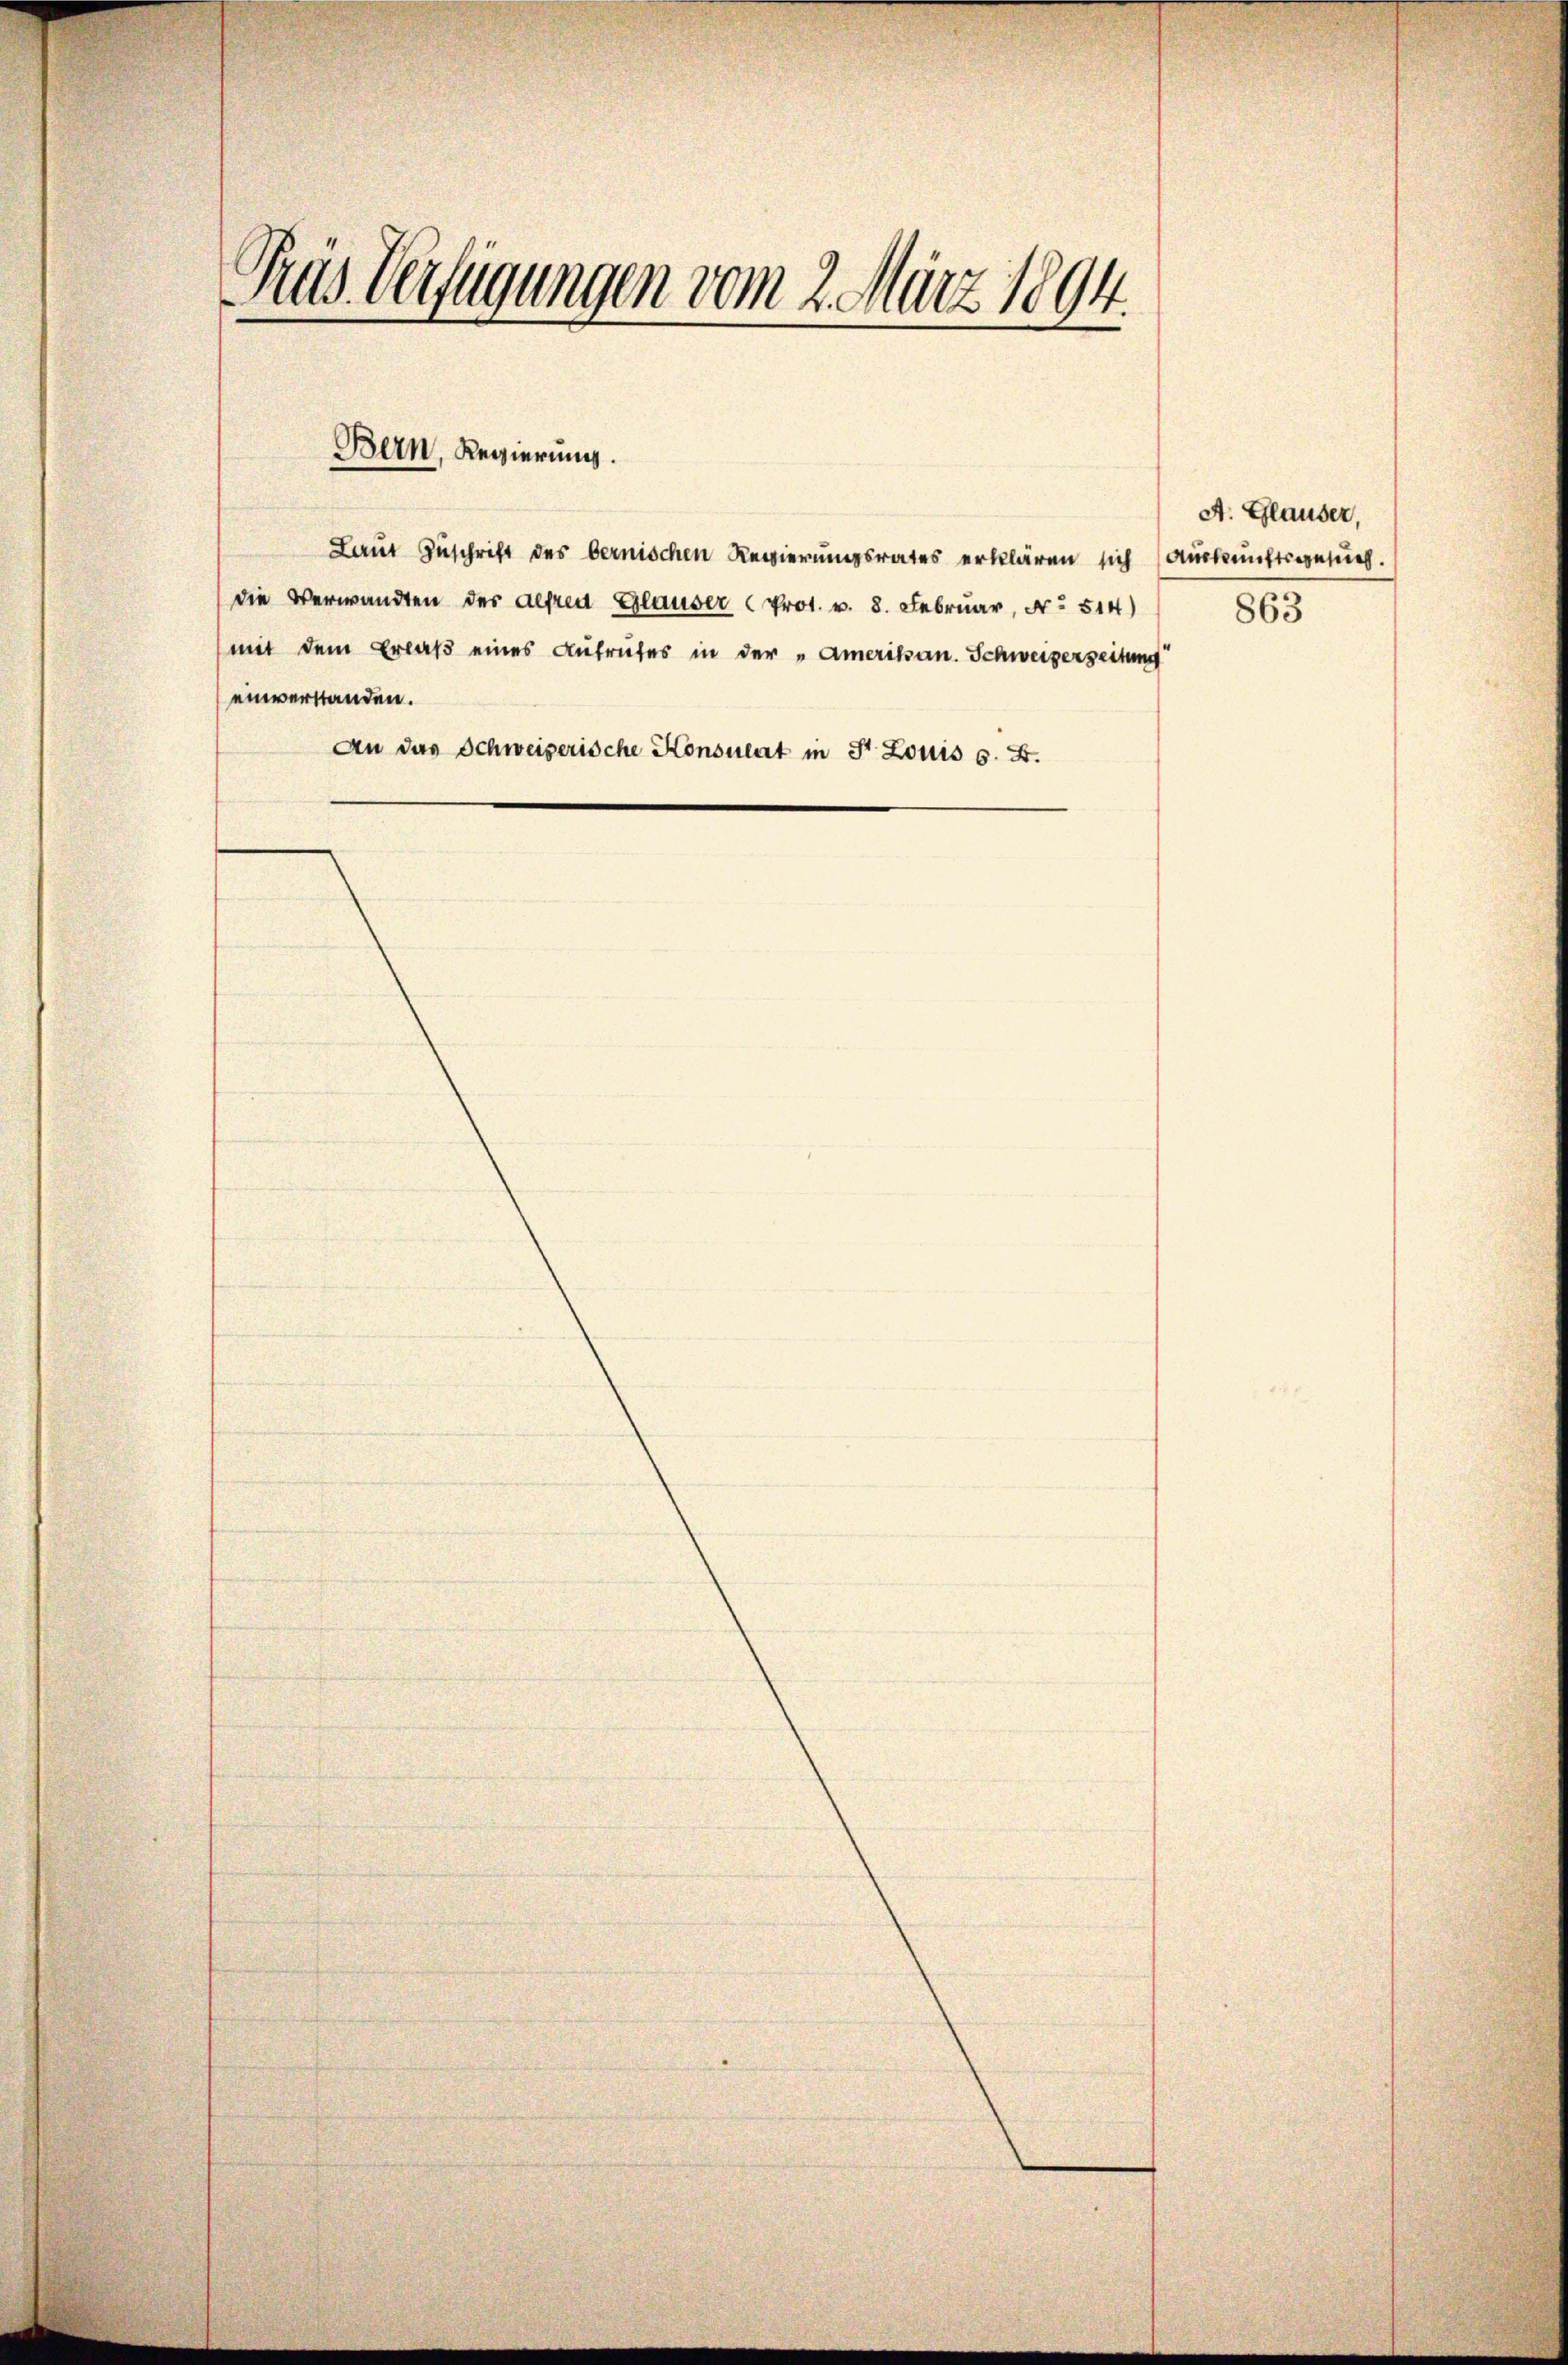
Pras Verfügungen vom 2. März 1894.

Bern, Regierung.

Laut Zuschrift des bernischen Regierungsrates erklären sich (Auskunftsgesuch.
die Verwandten der Alfred Gläuser (Prot. v. 8. Februar, No 514)
mit dem Erlaß eines Aufrufes in der „Amerikan. Schweizerzeitung
einverstanden.
An das Schweizerische Konsulat in St. Louis s. f.

A. Glauser,
863